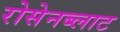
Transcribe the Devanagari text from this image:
रोसेनब्लाट